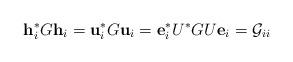
LaTeX: \begin{align*}\mathbf{h}_i^* G\mathbf{h}_i=\mathbf{u}_i^* G\mathbf{u}_i=\mathbf{e}_i^*U^*GU\mathbf{e}_i=\mathcal{G}_{ii} \end{align*}